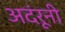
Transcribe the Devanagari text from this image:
अदंरूनी